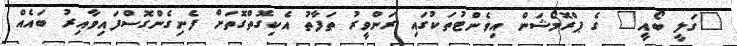
"ގަލީ ބޯއީ" ގެ ޕްރޮމޯޝަން އިވެންޓުތަކުގައި ރަންވީރު ތަފާތު އެކިގޮތްގޮތަށް ފެނިގެންގޮސްފައިވާއިރު ބައެއް